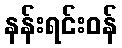
နန်းရင်းဝန်